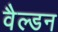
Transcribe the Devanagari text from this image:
वैल्डन